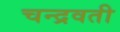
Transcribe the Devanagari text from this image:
चन्द्रवती